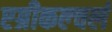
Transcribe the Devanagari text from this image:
एग्रीकल्चर्ल